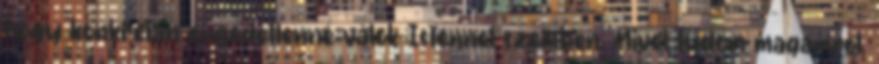
hogy konkrétan engedetlenné válok Istennel szemben. Mivel tudom magamról,